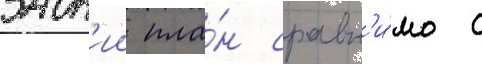
задн'ии пла́н сравн'и́мо с